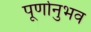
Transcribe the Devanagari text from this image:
पूर्णानुभव